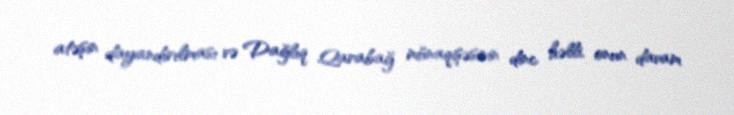
atəşin dayandırılması və Dağlıq Qarabağ münaqişəsinin dinc həlli, onun davam